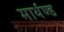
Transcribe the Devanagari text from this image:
मार्थण्ड